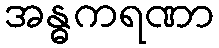
အန္ဓကရဏာ